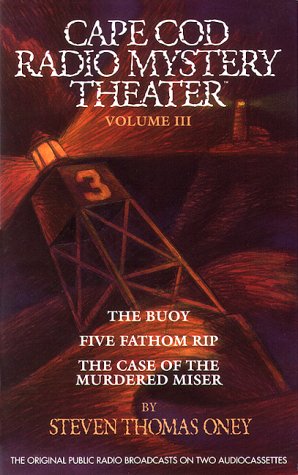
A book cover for Cape Cod Radio Mystery Theater Vol. III; Steven Thomas Oney; Humor & Entertainment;